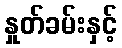
နှုတ်ခမ်းနှင့်